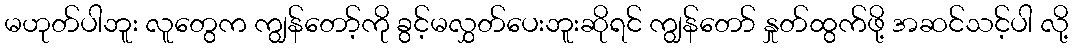
မဟုတ်ပါဘူး လူတွေက ကျွန်တော့်ကို ခွင့်မလွှတ်ပေးဘူးဆိုရင် ကျွန်တော် နှုတ်ထွက်ဖို့ အဆင်သင့်ပါ လို့